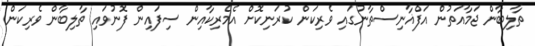
ތާލިބާން ޖަމާއަތުން އަފްޣާނިސްތާނުގައި ވެރިކަން ކުރަނިކޮށް އެމެރިކާއިން ސިފައިން ފޮނުވައި ތާލިބާން ވެރިކަން